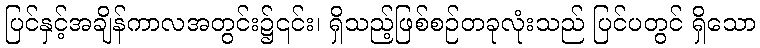
ပြင်နှင့်အချိန်ကာလအတွင်း၌၎င်း၊ ရှိသည့်ဖြစ်စဉ်တခုလုံးသည် ပြင်ပတွင် ရှိသော